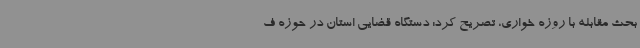
بحث مقابله با روزه خواری، تصریح کرد: دستگاه قضایی استان در حوزه ف